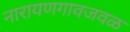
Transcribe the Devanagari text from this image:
नारायणगावजवळ